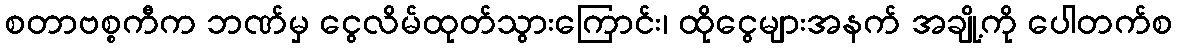
စတာဗစ္စကီက ဘဏ်မှ ငွေလိမ်ထုတ်သွားကြောင်း၊ ထိုငွေများအနက် အချို့ကို ပေါတက်စ